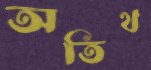
অতিথ